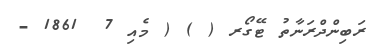
ރަބިންދްރަނާތު ޓޭގޯރ ( ) ( މެއި 7  1861 -